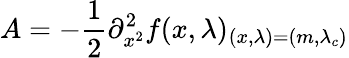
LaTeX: A=-\frac{1}{2}\partial_{x^{2}}^{2}f(x,\lambda)_{(x,\lambda)=(m,\lambda_{c})}